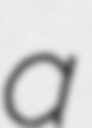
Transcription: a